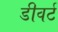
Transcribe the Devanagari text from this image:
डीवर्ट